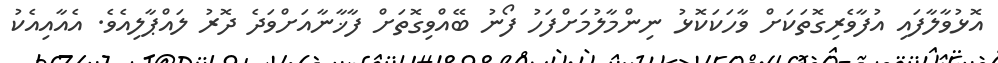
އޮޅުވާލާފައި އުފާވެރިގޮތަކަށް ވާހަކަކޮޅު ނިންމާލުމަށްފަހު ފޯނު ބޭއްވިގޮތަށް ފާޚާނާއަށްވަދެ ދޮރު ލައްޕާލިއެވެ. އެއާއިއެކު